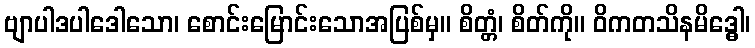
ဗျာပါဒပါဒေါသော၊ စောင်းမြောင်းသောအပြစ်မှ။ စိတ္တံ၊ စိတ်ကို။ ဝိကတသိနမိဒ္ဓေါ၊